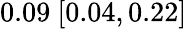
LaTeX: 0.09\ [0.04,0.22]